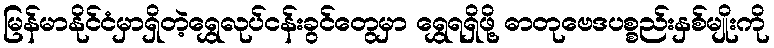
မြန်မာနိုင်ငံမှာရှိတဲ့ရွှေလုပ်ငန်းခွင်တွေမှာ ရွှေရရှိဖို့ ဓာတုဗေဒပစ္စည်းနှစ်မျိုးကို